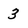
Character: 3